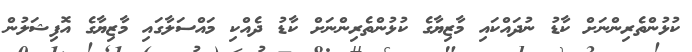
ކުޅުންތެރިންނަށް ކާޑު ނުދައްކައި މާޒިޔާގެ ކުޅުންތެރިންނަށް ކާޑު ދެއްކި މައްސަލާގައި މާޒިޔާގެ އޮފިޝަލުން